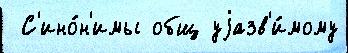
 С'ино́н'имы общ уjазв'и́мому